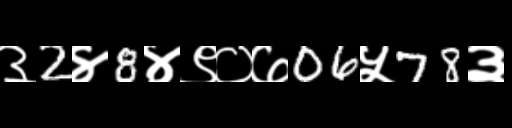
Text: ३2४8४९०७06५78३